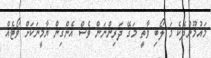
މައުމޫންދެކެ މަ ލޯބި ވާތީ މަގޭ ދަރިންނަން ވެސް އެންގިން ޔާމީނަކަށް ވޯޓެއް